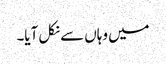
میں وہاں سے نکل آیا۔